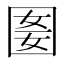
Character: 𡇭